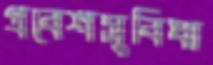
প্রবেশসুবিধা